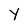
Character: Y